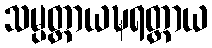
သမ္ပတ္တာယဍ္ဎရတ္တာယ